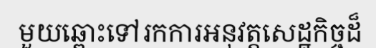
មួយឆ្ពោះទៅរកការអនុវត្តសេដ្ឋកិច្ចដ៏